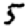
Digit: 5